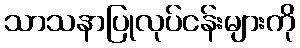
သာသနာပြုလုပ်ငန်းများကို